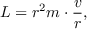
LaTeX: L = r ^ { 2 } m \cdot { \frac { v } { r } } ,